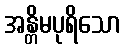
အန္တိမပုရိသော